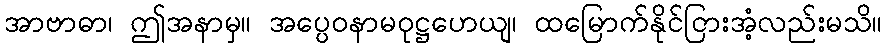
အာဗာဓာ၊ ဤအနာမှ။ အပ္ပေဝနာမဝုဋ္ဌဟေယျ၊ ထမြောက်နိုင်ငြားအံ့လည်းမသိ။